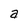
Character: a